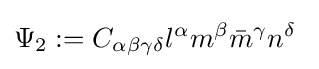
\Psi _{2}:=C_{\alpha \beta \gamma \delta }l^{\alpha }m^{\beta }{\bar {m}}^{\gamma }n^{\delta }\